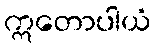
ဣတောပါယံ